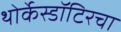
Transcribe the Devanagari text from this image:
थोर्केस्डॉटिरचा